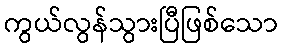
ကွယ်လွန်သွားပြီဖြစ်သော